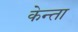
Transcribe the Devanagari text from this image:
केन्ता